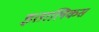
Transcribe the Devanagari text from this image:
इतालिकस